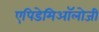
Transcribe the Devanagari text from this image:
एपिडेमिऑलोजी